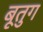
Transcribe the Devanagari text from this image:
बूतुग